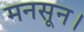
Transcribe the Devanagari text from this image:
मनसून।